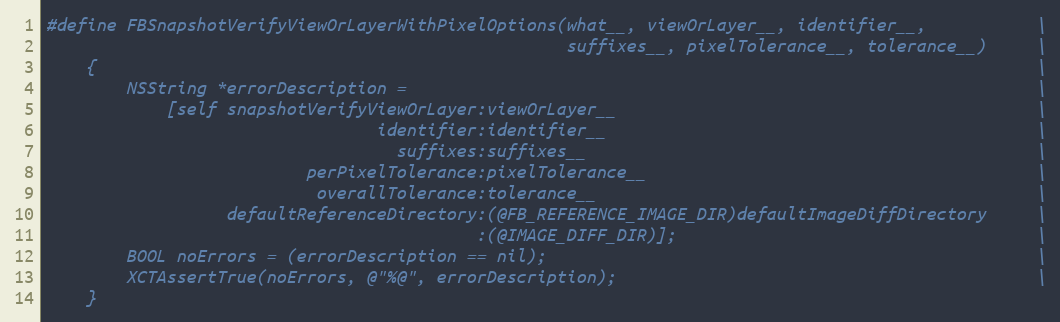
Language: C
#define FBSnapshotVerifyViewOrLayerWithPixelOptions(what__, viewOrLayer__, identifier__,           \
                                                    suffixes__, pixelTolerance__, tolerance__)     \
    {                                                                                              \
        NSString *errorDescription =                                                               \
            [self snapshotVerifyViewOrLayer:viewOrLayer__                                          \
                                 identifier:identifier__                                           \
                                   suffixes:suffixes__                                             \
                          perPixelTolerance:pixelTolerance__                                       \
                           overallTolerance:tolerance__                                            \
                  defaultReferenceDirectory:(@FB_REFERENCE_IMAGE_DIR)defaultImageDiffDirectory     \
                                           :(@IMAGE_DIFF_DIR)];                                    \
        BOOL noErrors = (errorDescription == nil);                                                 \
        XCTAssertTrue(noErrors, @"%@", errorDescription);                                          \
    }